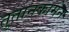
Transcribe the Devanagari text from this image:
तुतानकामेन